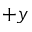
+ y